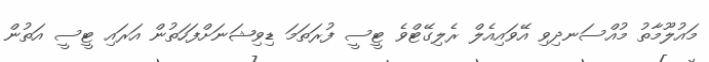
މައުލޫމާތު މުއްސަނދިވި އޭވައިއެލް ރެލިގޭޓްވެ ޓީސީ ފުރަތަމަ ޑިވިޝަނަށްފަހަތުން އަރައި ޓީސީ އަތުން